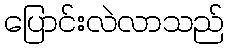
ပြောင်းလဲလာသည်